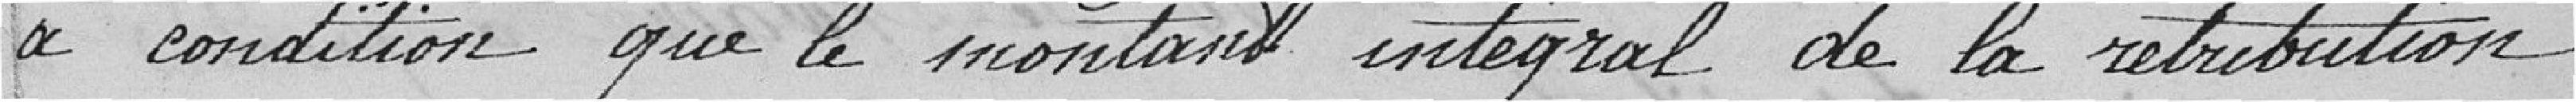
à condition que le montant intégral de la rétribution